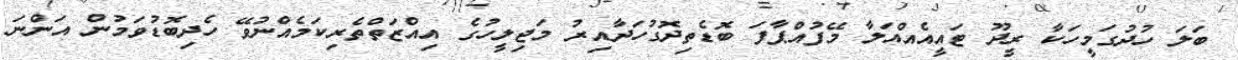
ބަލަ ހުދުގަމީހަކާ ރީދޫ ޓައީއެއްއަލާ މޭފުއްޕާފަ ބޮޑެތިދޮގުހަދާއިރު މަޖިލީހުގެ އިއްޒަތްތެރިކަމެއްނުވޭ ހެދިބޮޑުވަމުން އަންނަ